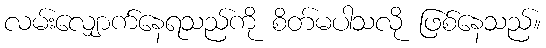
လမ်းလျှောက်နေရသည်ကို စိတ်မပါသလို ဖြစ်နေသည်။